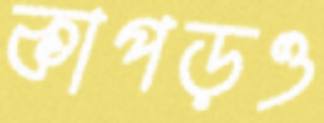
কাপড়ও